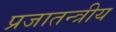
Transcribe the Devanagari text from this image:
प्रजातन्त्रीय